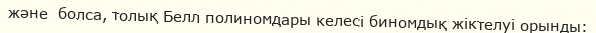
және  болса, толық Белл полиномдары келесі биномдық жіктелуі орынды: